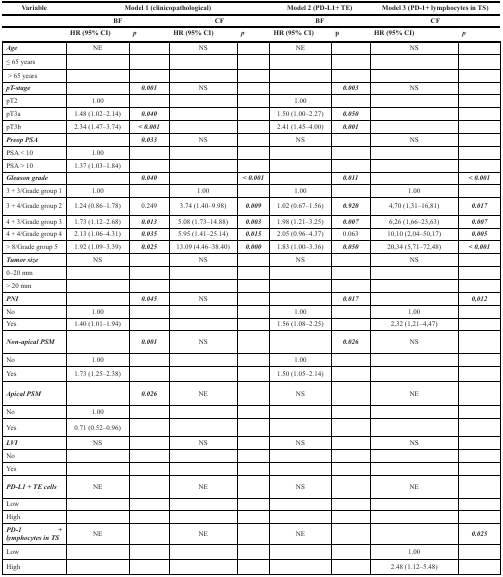
<table><thead><tr><td><b>Variable</b></td><td colspan="4"><b>Model 1 (clinicopathological)</b></td><td colspan="2"><b>Model 2 (PD-L1+ TE)</b></td><td colspan="2"><b>Model 3 (PD-1+ lymphocytes in TS)</b></td></tr><tr><td></td><td colspan="2"><b>BF</b></td><td colspan="2"><b>CF</b></td><td colspan="2"><b>BF</b></td><td colspan="2"><b>CF</b></td></tr><tr><td></td><td><b>HR (95% CI)</b></td><td><b><i>p</i></b></td><td><b>HR (95% CI)</b></td><td><b><i>p</i></b></td><td><b>HR (95% CI)</b></td><td><b>p</b></td><td><b>HR (95% CI)</b></td><td><b><i>p</i></b></td></tr></thead><tbody><tr><td><b><i>Age</i></b></td><td>NE</td><td></td><td>NS</td><td></td><td>NE</td><td></td><td>NS</td><td></td></tr><tr><td>≤ 65 years</td><td></td><td></td><td></td><td></td><td></td><td></td><td></td><td></td></tr><tr><td>&gt; 65 years</td><td></td><td></td><td></td><td></td><td></td><td></td><td></td><td></td></tr><tr><td><b><i>pT-stage</i></b></td><td></td><td><b><i>0.001</i></b></td><td>NS</td><td></td><td></td><td><b><i>0.003</i></b></td><td>NS</td><td></td></tr><tr><td>pT2</td><td>1.00</td><td></td><td></td><td></td><td>1.00</td><td></td><td></td><td></td></tr><tr><td>pT3a</td><td>1.48 (1.02–2.14)</td><td><b><i>0.040</i></b></td><td></td><td></td><td>1.50 (1.00–2.27)</td><td><b><i>0.050</i></b></td><td></td><td></td></tr><tr><td>pT3b</td><td>2.34 (1.47–3.74)</td><td><b><i>&lt; 0.001</i></b></td><td></td><td></td><td>2.41 (1.45–4.00)</td><td><b><i>0.001</i></b></td><td></td><td></td></tr><tr><td><b><i>Preop PSA</i></b></td><td></td><td><b><i>0.033</i></b></td><td>NS</td><td></td><td>NS</td><td></td><td>NS</td><td></td></tr><tr><td>PSA &lt; 10</td><td>1.00</td><td></td><td></td><td></td><td></td><td></td><td></td><td></td></tr><tr><td>PSA &gt; 10</td><td>1.37 (1.03–1.84)</td><td></td><td></td><td></td><td></td><td></td><td></td><td></td></tr><tr><td><b><i>Gleason grade</i></b></td><td></td><td><b><i>0.040</i></b></td><td></td><td><b><i>&lt; 0.001</i></b></td><td></td><td><b><i>0.011</i></b></td><td></td><td><b><i>&lt; 0.001</i></b></td></tr><tr><td>3 + 3/Grade group 1</td><td>1.00</td><td></td><td>1.00</td><td></td><td>1.00</td><td></td><td>1.00</td><td></td></tr><tr><td>3 + 4/Grade group 2</td><td>1.24 (0.86–1.78)</td><td>0.249</td><td>3.74 (1.40–9.98)</td><td><b><i>0.009</i></b></td><td>1.02 (0.67–1.56)</td><td><b><i>0.920</i></b></td><td>4,70 (1,31–16,81)</td><td><b><i>0.017</i></b></td></tr><tr><td>4 + 3/Grade group 3</td><td>1.73 (1.12–2.68)</td><td><b><i>0.013</i></b></td><td>5.08 (1.73–14.88)</td><td><b><i>0.003</i></b></td><td>1.98 (1.21–3.25)</td><td><b><i>0.007</i></b></td><td>6,26 (1,66–23,63)</td><td><b><i>0.007</i></b></td></tr><tr><td>4 + 4/Grade group 4</td><td>2.13 (1.06–4.31)</td><td><b><i>0.035</i></b></td><td>5.95 (1.41–25.14)</td><td><b><i>0.015</i></b></td><td>2.05 (0.96–4.37)</td><td>0.063</td><td>10,10 (2,04–50,17)</td><td><b><i>0.005</i></b></td></tr><tr><td>&gt; 8/Grade group 5</td><td>1.92 (1.09–3.39)</td><td><b><i>0.025</i></b></td><td>13.09 (4.46–38.40)</td><td><b><i>0.000</i></b></td><td>1.83 (1.00–3.36)</td><td><b><i>0.050</i></b></td><td>20,34 (5,71–72,48)</td><td><b><i>&lt; 0.001</i></b></td></tr><tr><td><b><i>Tumor size</i></b></td><td>NS</td><td></td><td>NS</td><td></td><td>NS</td><td></td><td>NS</td><td></td></tr><tr><td>0–20 mm</td><td></td><td></td><td></td><td></td><td></td><td></td><td></td><td></td></tr><tr><td>&gt; 20 mm</td><td></td><td></td><td></td><td></td><td></td><td></td><td></td><td></td></tr><tr><td><b><i>PNI</i></b></td><td></td><td><b><i>0.045</i></b></td><td>NS</td><td></td><td></td><td><b><i>0.017</i></b></td><td></td><td><b><i>0,012</i></b></td></tr><tr><td>No</td><td>1.00</td><td></td><td></td><td></td><td>1.00</td><td></td><td>1.00</td><td></td></tr><tr><td>Yes</td><td>1.40 (1.01–1.94)</td><td></td><td></td><td></td><td>1.56 (1.08–2.25)</td><td></td><td>2,32 (1,21–4,47)</td><td></td></tr><tr><td><b><i>Non-apical PSM</i></b></td><td></td><td><b><i>0.001</i></b></td><td>NS</td><td></td><td></td><td><b><i>0.026</i></b></td><td>NS</td><td></td></tr><tr><td>No</td><td>1.00</td><td></td><td></td><td></td><td>1.00</td><td></td><td></td><td></td></tr><tr><td>Yes</td><td>1.73 (1.25–2.38)</td><td></td><td></td><td></td><td>1.50 (1.05–2.14)</td><td></td><td></td><td></td></tr><tr><td><b><i>Apical PSM</i></b></td><td></td><td><b><i>0.026</i></b></td><td>NE</td><td></td><td>NS</td><td></td><td>NE</td><td></td></tr><tr><td>No</td><td>1.00</td><td></td><td></td><td></td><td></td><td></td><td></td><td></td></tr><tr><td>Yes</td><td>0.71 (0.52–0.96)</td><td></td><td></td><td></td><td></td><td></td><td></td><td></td></tr><tr><td><b><i>LVI</i></b></td><td>NS</td><td></td><td>NS</td><td></td><td>NS</td><td></td><td>NS</td><td></td></tr><tr><td>No</td><td></td><td></td><td></td><td></td><td></td><td></td><td></td><td></td></tr><tr><td>Yes</td><td></td><td></td><td></td><td></td><td></td><td></td><td></td><td></td></tr><tr><td><b><i>PD-L1 + TE cells</i></b></td><td>NE</td><td></td><td>NE</td><td></td><td>NS</td><td></td><td>NE</td><td></td></tr><tr><td>Low</td><td></td><td></td><td></td><td></td><td></td><td></td><td></td><td></td></tr><tr><td>High</td><td></td><td></td><td></td><td></td><td></td><td></td><td></td><td></td></tr><tr><td><b><i>PD-1 + lymphocytes in TS</i></b></td><td>NE</td><td></td><td>NE</td><td></td><td>NE</td><td></td><td></td><td><b><i>0.025</i></b></td></tr><tr><td>Low</td><td></td><td></td><td></td><td></td><td></td><td></td><td>1.00</td><td></td></tr><tr><td>High</td><td></td><td></td><td></td><td></td><td></td><td></td><td>2.48 (1.12–5.48)</td><td></td></tr></tbody></table>